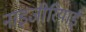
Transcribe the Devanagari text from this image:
नाइजीरियाईं